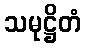
သမုဋ္ဌိတံ